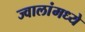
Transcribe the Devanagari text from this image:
ज्वालांमध्ये